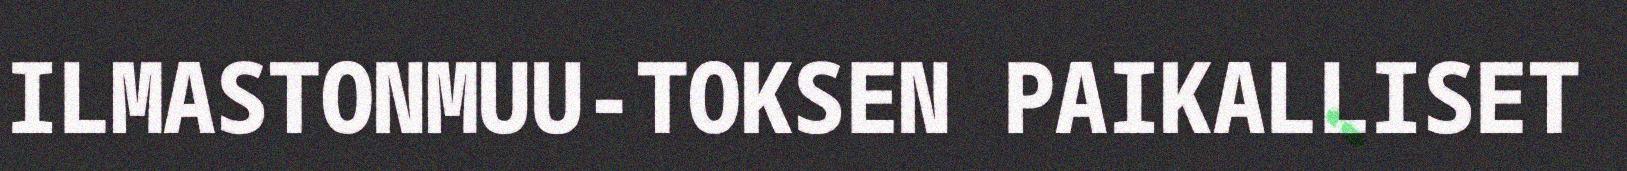
ILMASTONMUU-TOKSEN PAIKALLISET